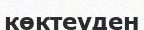
көктеуден